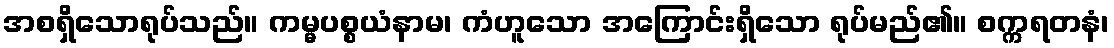
အစရှိသောရုပ်သည်။ ကမ္မပစ္စယံနာမ၊ ကံဟူသော အကြောင်းရှိသော ရုပ်မည်၏။ စက္ကရတနံ၊